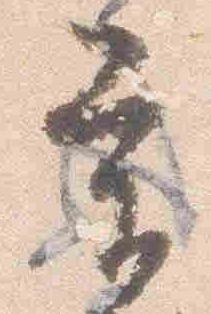
条